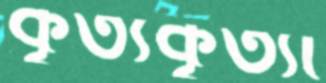
কৃত্যকৃত্যা